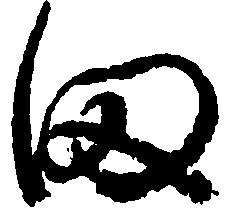
田